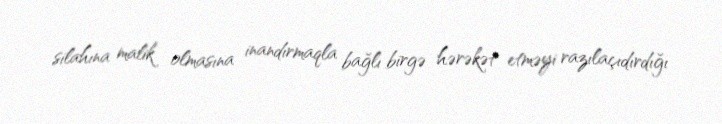
silahına malik olmasına inandırmaqla bağlı birgə hərəkət etməyi razılaçıdırdığı